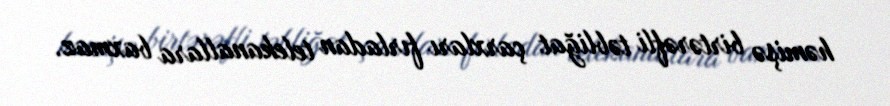
həmişə birtərəfli təbliğat çarxları fırladan telekanallara baxmaz.